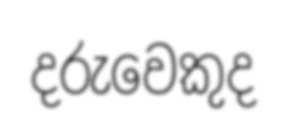
දරුවෙකුද